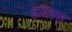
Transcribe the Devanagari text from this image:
इब्लिस